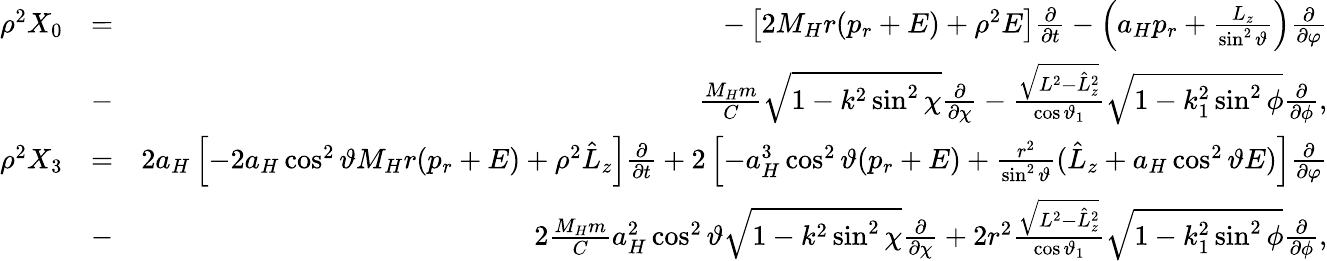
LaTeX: \begin{array}{rlr}{\rho^{2}X_{0}}&{=}&{-\left[2M_{H}r(p_{r}+E)+\rho^{2}E\right]\frac{\partial}{\partial t}-\left(a_{H}p_{r}+\frac{L_{z}}{\sin^{2}\vartheta}\right)\frac{\partial}{\partial\varphi}}\\ &{-}&{\frac{M_{H}m}{C}\sqrt{1-k^{2}\sin^{2}\chi}\frac{\partial}{\partial\chi}-\frac{\sqrt{L^{2}-\hat{L}_{z}^{2}}}{\cos\vartheta_{1}}\sqrt{1-k_{1}^{2}\sin^{2}\phi}\frac{\partial}{\partial\phi},}\\ {\rho^{2}X_{3}}&{=}&{2a_{H}\left[-2a_{H}\cos^{2}\vartheta M_{H}r(p_{r}+E)+\rho^{2}\hat{L}_{z}\right]\frac{\partial}{\partial t}+2\left[-a_{H}^{3}\cos^{2}\vartheta(p_{r}+E)+\frac{r^{2}}{\sin^{2}\vartheta}(\hat{L}_{z}+a_{H}\cos^{2}\vartheta E)\right]\frac{\partial}{\partial\varphi}}\\ &{-}&{2\frac{M_{H}m}{C}a_{H}^{2}\cos^{2}\vartheta\sqrt{1-k^{2}\sin^{2}\chi}\frac{\partial}{\partial\chi}+2r^{2}\frac{\sqrt{L^{2}-\hat{L}_{z}^{2}}}{\cos\vartheta_{1}}\sqrt{1-k_{1}^{2}\sin^{2}\phi}\frac{\partial}{\partial\phi},}\end{array}